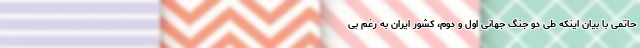
حاتمی با بیان اینکه طی دو جنگ جهانی اول و دوم، کشور ایران به رغم بی